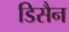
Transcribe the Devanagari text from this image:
डिसैन